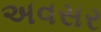
અવસર